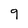
Character: 9